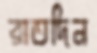
রাতদিন